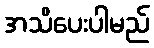
အသိပေးပါမည်